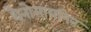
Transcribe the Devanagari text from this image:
थैनोसायनिन